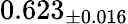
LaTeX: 0.623_{\pm 0.016}